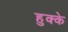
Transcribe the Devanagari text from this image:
हुक्‍के